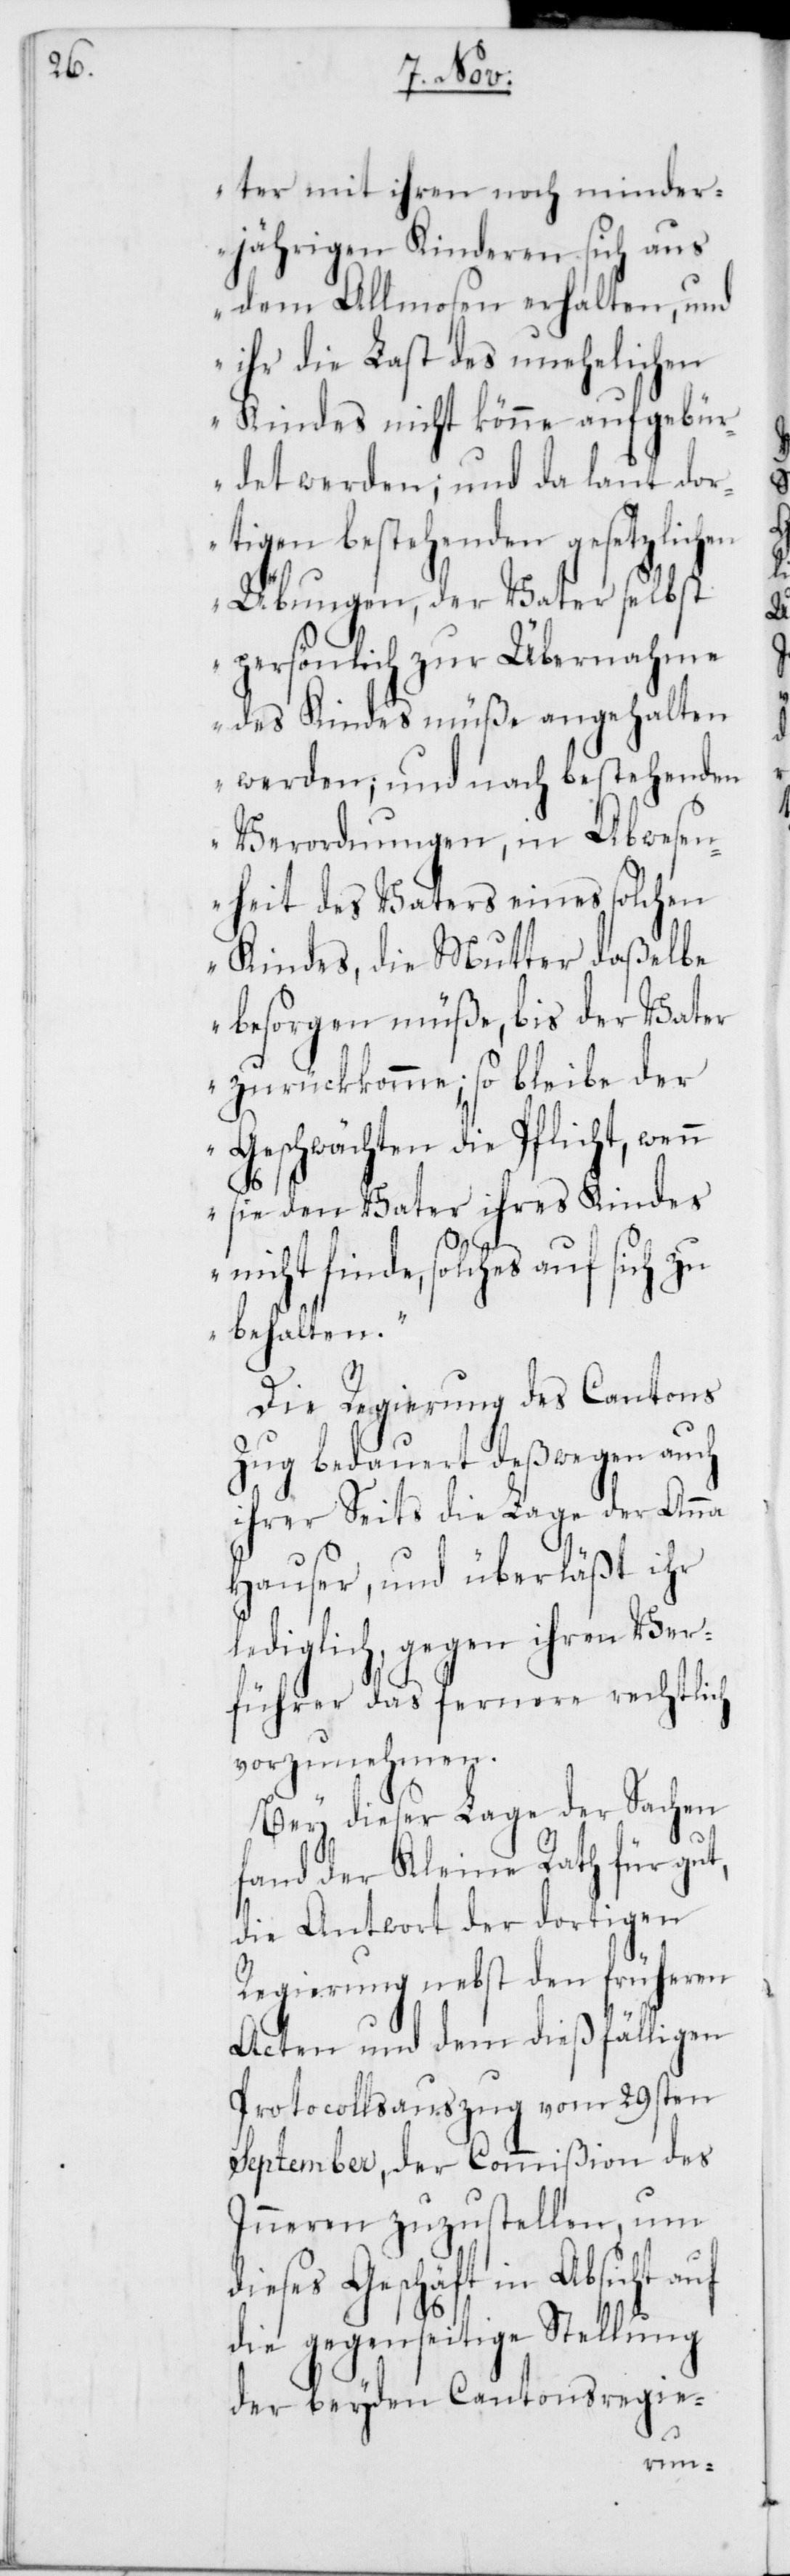
ter mit ihren noch minder¬
jährigen Kinderen sich aus
dem Allmosen erhalten, und
ihr die Last des unehelichen
Kindes nicht könne aufgebü¬
rdet werden; und da laut dor¬
tigen bestehenden gesetzlichen
Übungen, der Vater selbst
persönlich zur Übernahme
des Kindes müße angehalten
werden; und nach bestehenden
Verordnungen, in Abwesen¬
heit des Vaters eines solchen
Kindes, die Mutter daßelbe
besorgen müße, bis der Vater
zurückkomme; so bleibe der
Geschwächten die Pflicht, wenn
sie den Vater ihres Kindes
nicht finde, solches auf sich zu
behalten.“
Die Regierung des Cantons
Zug bedauert deßwegen auch
ihrer Seits die Lage der Anna
Hauser, und überläßt ihr
lediglich, gegen ihren Ver¬
führer das fernere rechtlich
vorzunehmen.
Bey dieser Lage der Sachen
fand der Kleine Rath für gut,
die Antwort der dortigen
Regierung nebst den früheren
Acten und dem dießfälligen
Protocollsauszug vom 29sten
September, der Commißion des
Inneren zuzustellen, um
dieses Geschäft in Absicht auf
die gegenseitige Stellung
der beyden Cantonsregie-